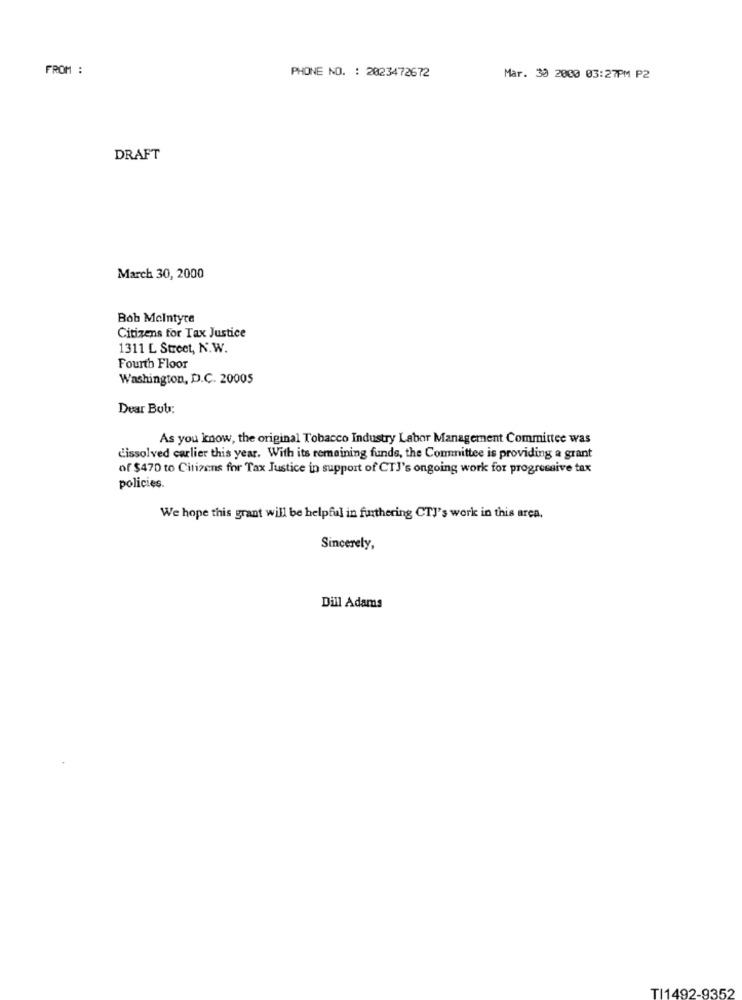
FROM :
PHONE NO. : 2023472672
Mar. 30 2060 03:27PM P2
DRAFT
March 30, 2000
Bob Mcintyre
Citizens for Tax Justice
1311 L Street, N.W.
Fourth Floor
Washington, D.C. 20005
Dear Bob:
As you know, the original Tobacco Industry Labor Management Committee was
dissolved carlier this year. With its remaining funds, the Committee is providing a grant
of $470 to Citizens for Tax Justice in support of CTJ's ongoing work for progressive tax
policies.
We hope this grant will be helpful in finthering CTJ's work in this area.
Sincerely,
Dill Adams
TI1492-9352